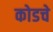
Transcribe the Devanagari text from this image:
कोडचे